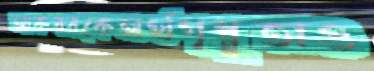
আকবরকেঅর্থগৃধ্নুতাও